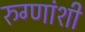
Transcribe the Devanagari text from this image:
रुग्णांशी